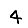
Digit: 4